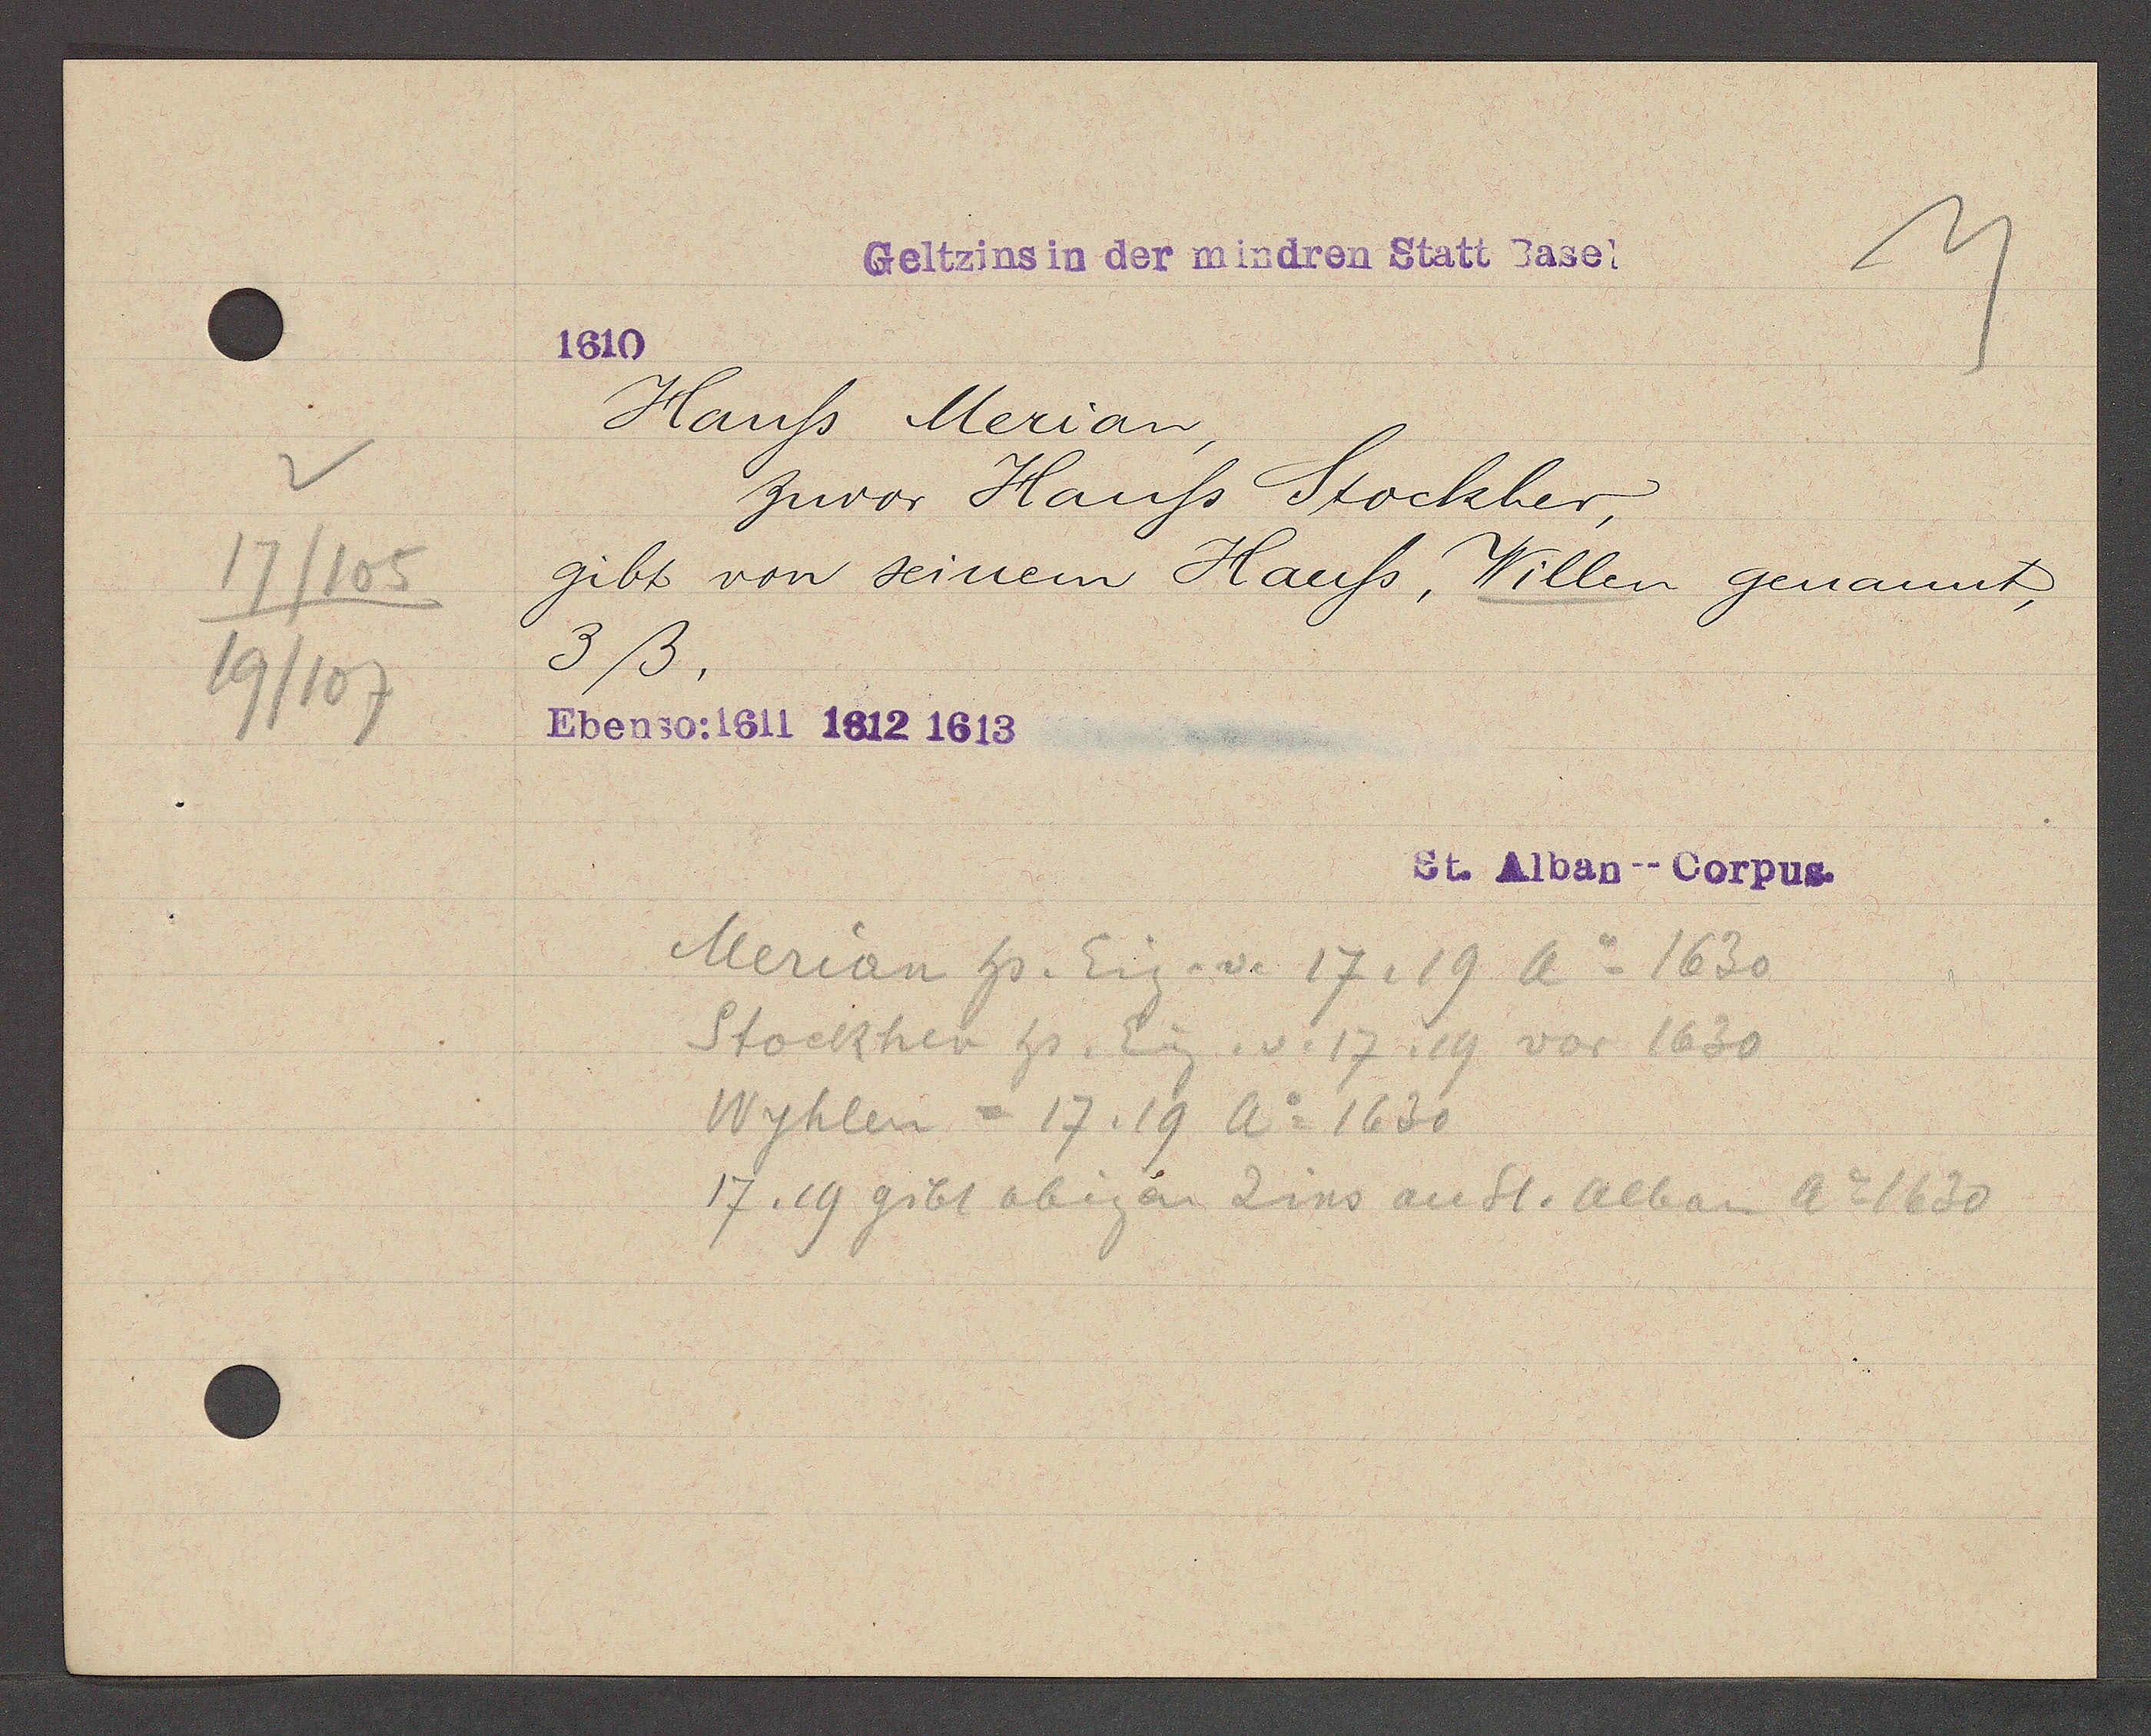
Transcript:
17/105
19/107

Geltzins in der mindren Statt Basel

1610
Hauss Merian,
zuvor Hauss Stockher,
gibt von seinem Hauss, Willen genannt,
3ß.
Ebenso: 1611 1612 1613

St. Alban--Corpus.

Merian hs. Eig. v. 17, 19 Ao 1630
Stockher hs. Eig. v. 17, 19 vor 1630
Wyhlen = 17, 19 Ao 1630
17, 19 gibt obigen Zins an St. Alban Ao 1630